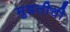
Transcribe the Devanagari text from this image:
मुदतीची